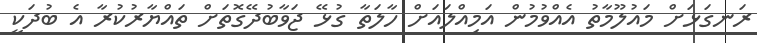
ރަނގަޅަށް މައުލޫމާތު އެއްވުމުން އަމިއްލައަށް ހާލަތާ ގުޅޭ ޖަވާބުދޭގޮތަށް ތައްޔާރުކުރާ އެ ބުދަކީ